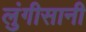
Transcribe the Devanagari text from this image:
लुंगीसानी